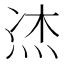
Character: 𤈀